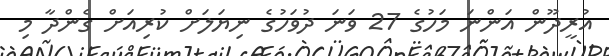
އުރީދޫން އަންނަ މަހުގެ 27 ވަނަ ދުވަހުގެ ނިޔަލަށް ކުރިއަށް ގެންދާ މި